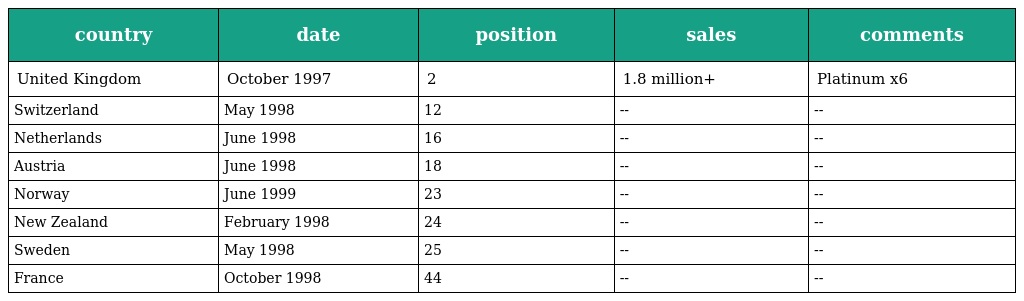
| country | date | position | sales | comments |
 | --- | --- | --- | --- | --- |
 | United Kingdom | October 1997 | 2 | 1.8 million+ | Platinum x6 |
 | Switzerland | May 1998 | 12 | -- | -- |
 | Netherlands | June 1998 | 16 | -- | -- |
 | Austria | June 1998 | 18 | -- | -- |
 | Norway | June 1999 | 23 | -- | -- |
 | New Zealand | February 1998 | 24 | -- | -- |
 | Sweden | May 1998 | 25 | -- | -- |
 | France | October 1998 | 44 | -- | -- |